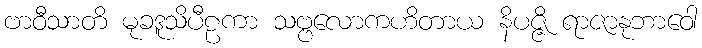
ဗာဝီသာတိ မုခဒူသိပီဠကာ သဗ္ဗလောကဟိတာယ နိပဇ္ဇိ ရာဇာနုဘာဝေါ